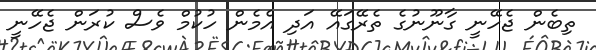
ތިބެން ޖެހޭނީ ގާނޫނުގެ ތެރޭގައޭ އަދި އެމެން ހުކުމް ވެސް ކުރަން ޖެހޭނީ